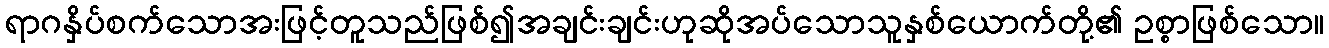
ရာဂနှိပ်စက်သောအးဖြင့်တူသည်ဖြစ်၍အချင်းချင်းဟုဆိုအပ်သောသူနှစ်ယောက်တို့၏ ဥစ္စာဖြစ်သော။